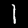
Digit: 1